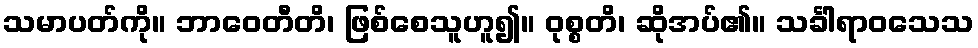
သမာပတ်ကို။ ဘာဝေတီတိ၊ ဖြစ်စေသူဟူ၍။ ဝုစ္စတိ၊ ဆိုအပ်၏။ သင်္ခါရာဝသေသ